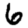
Digit: 6